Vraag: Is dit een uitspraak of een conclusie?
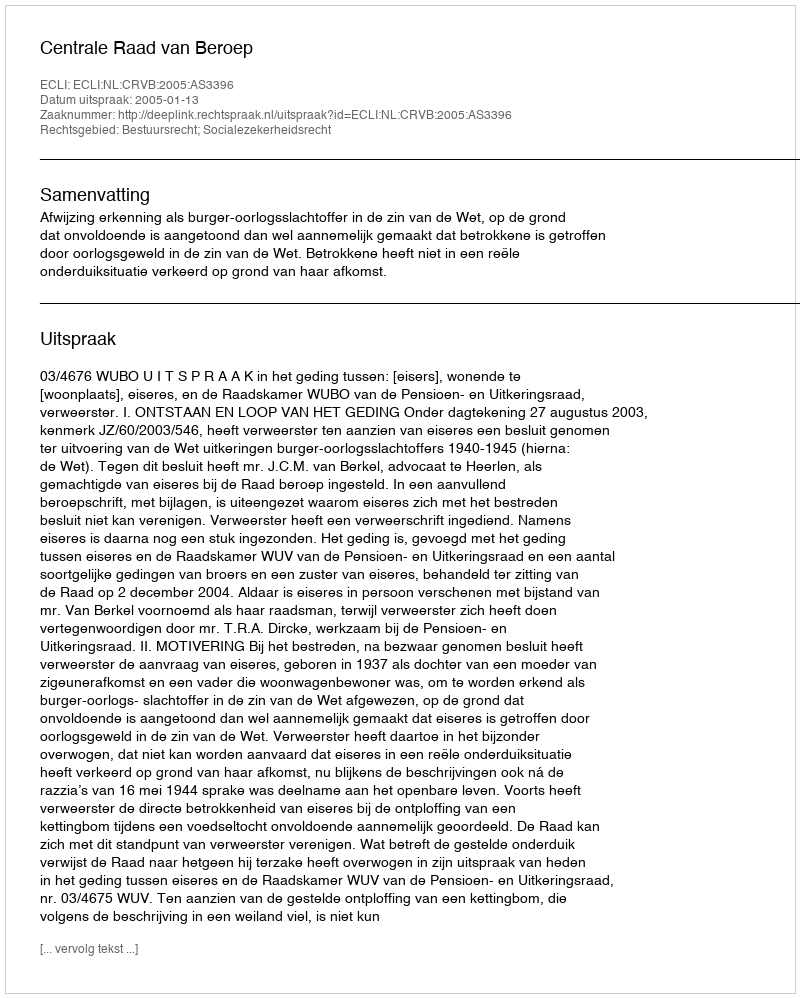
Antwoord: Uitspraak